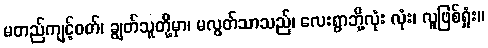
မတည်ကျင့်ဝတ်၊ ချွတ်သူတို့မှာ၊ မလွတ်သာသည်၊ လေးရွာဘို့လုံး လုံး၊ လူဖြစ်ရှုံး။